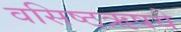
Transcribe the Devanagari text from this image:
वसिष्ठऋषये